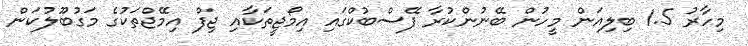
މިހާރު 1.5 ބިލިއަން މީހުން ބޭނުންކުރާ ފޭސްބުކްގައި އިމޯޖީތަކާއި ޖިފް އިމޭޖްތަކުގެ މަގުބޫލުކަން